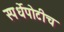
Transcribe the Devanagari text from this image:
स्पर्धेपोटीच